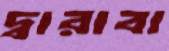
দ্বারাবা